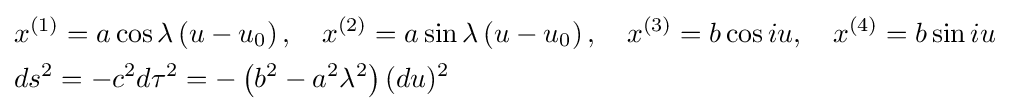
{\begin{aligned}&x^{(1)}=a\cos \lambda \left(u-u_{0}\right),\quad x^{(2)}=a\sin \lambda \left(u-u_{0}\right),\quad x^{(3)}=b\cos iu,\quad x^{(4)}=b\sin iu\\&ds^{2}=-c^{2}d\tau ^{2}=-\left(b^{2}-a^{2}\lambda ^{2}\right)(du)^{2}\end{aligned}}